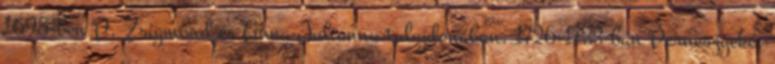
1695-ben P. Zsigmond és Anna Julianna tulajdonában. 1726-1733-ban Perneszyeké,